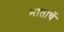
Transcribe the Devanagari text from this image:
भाताचें